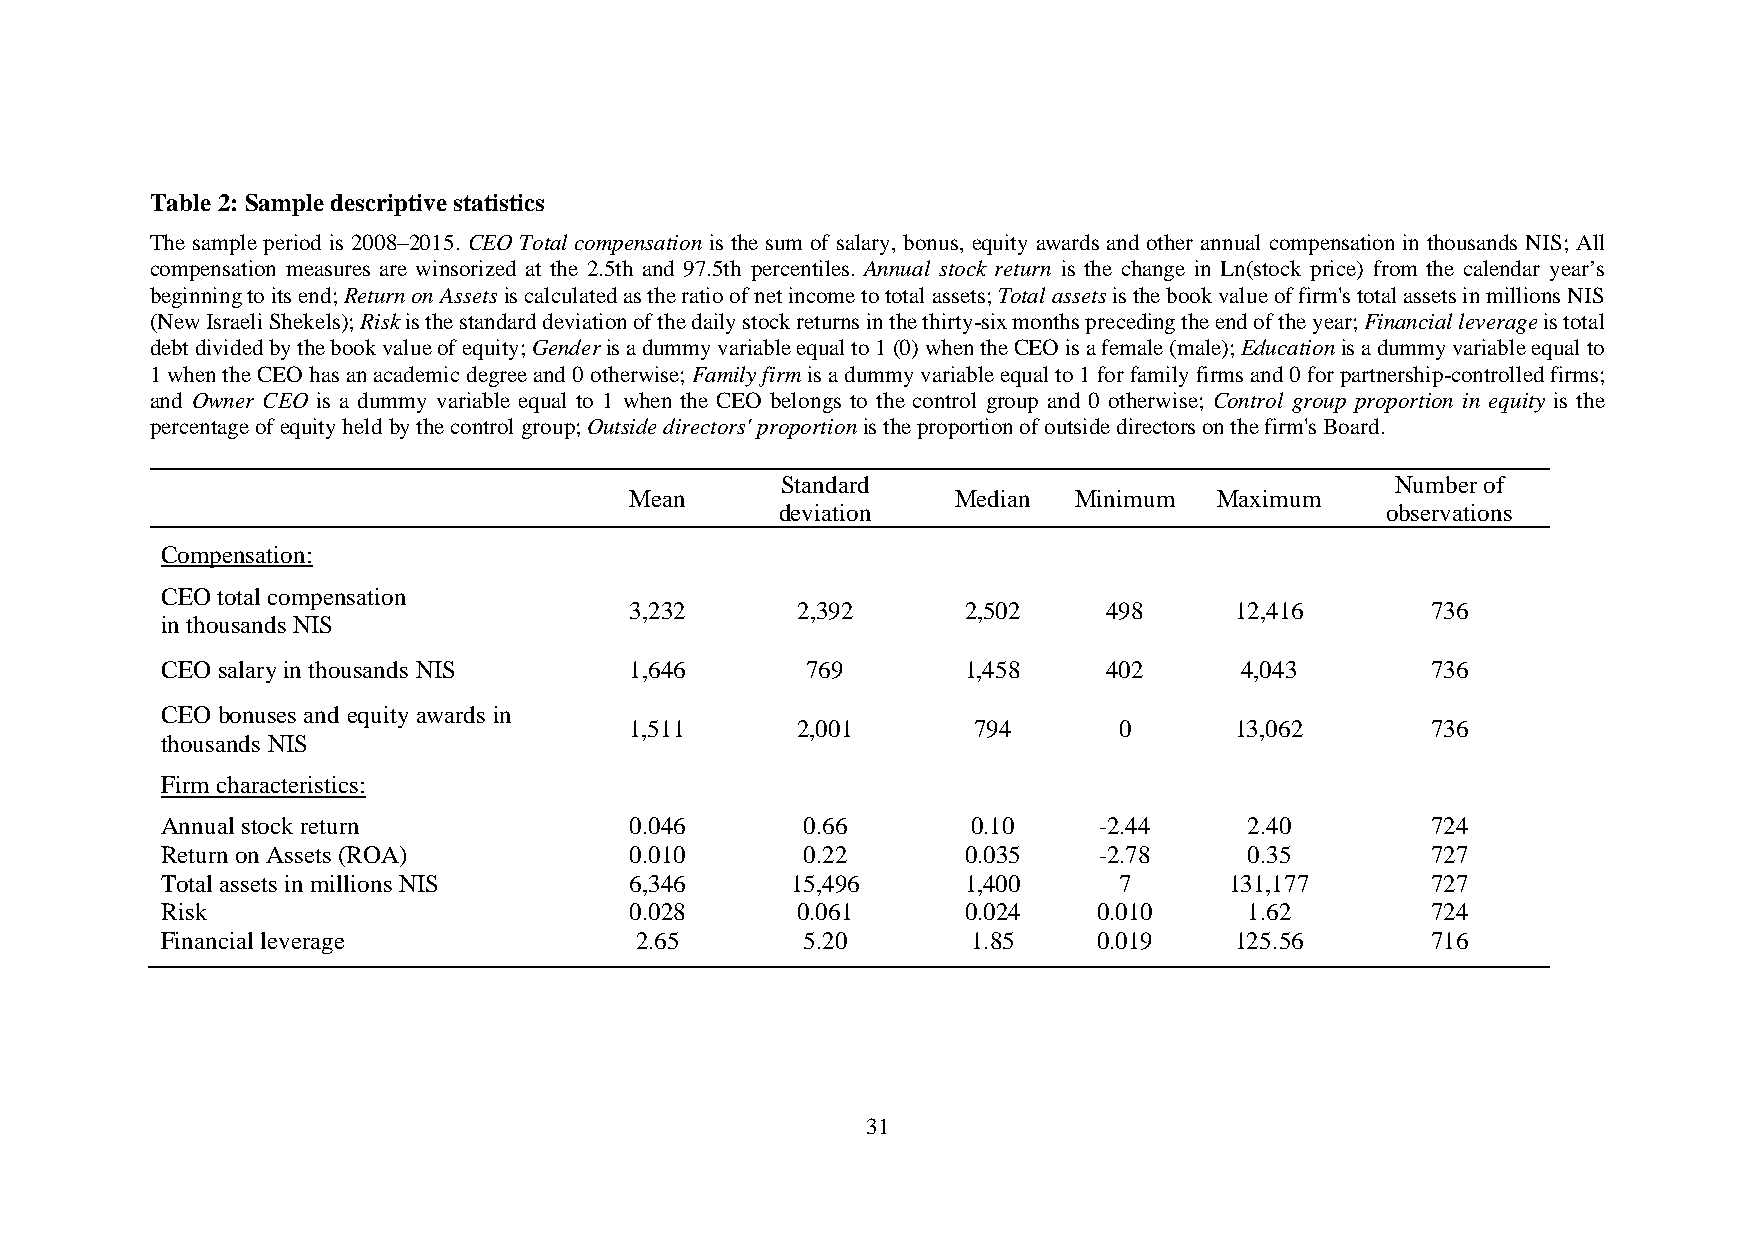
Table 2: Sample descriptive statistics
 The sample period is 2008–2015. CEO Total compensation is the sum of salary, bonus, equity awards and other annual compensation in thousands NIS; All
 compensation measures are winsorized at the 2.5th and 97.5th percentiles. Annual stock return is the change in Ln(stock price) from the calendar year’s
 beginning to its end; Return on Assets is calculated as the ratio of net income to total assets; Total assets is the book value of firm's total assets in millions NIS
 (New Israeli Shekels); Risk is the standard deviation of the daily stock returns in the thirty-six months preceding the end of the year; Financial leverage is total
 debt divided by the book value of equity; Gender is a dummy variable equal to 1 (0) when the CEO is a female (male); Education is a dummy variable equal to
 1 when the CEO has an academic degree and 0 otherwise; Family firm is a dummy variable equal to 1 for family firms and 0 for partnership-controlled firms;
 and Owner CEO is a dummy variable equal to 1 when the CEO belongs to the control group and 0 otherwise; Control group proportion in equity is the
 percentage of equity held by the control group; Outside directors' proportion is the proportion of outside directors on the firm's Board.
 Standard                                Number of
 Mean                 Median  Minimum   Maximum
 deviation                               observations
 Compensation:
 CEO total compensation
 3,232      2,392      2,502    498      12,416       736
 in thousands NIS
 CEO salary in thousands NIS    1,646      769        1,458    402      4,043        736
 CEO bonuses and equity awards in
 1,511      2,001      794       0       13,062       736
 thousands NIS
 Firm characteristics:
 Annual stock return            0.046      0.66       0.10     -2.44     2.40        724
 Return on Assets (ROA)         0.010      0.22       0.035    -2.78     0.35        727
 Total assets in millions NIS   6,346     15,496      1,400     7      131,177       727
 Risk                           0.028      0.061      0.024    0.010     1.62        724
 Financial leverage             2.65       5.20       1.85     0.019    125.56       716
 31